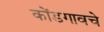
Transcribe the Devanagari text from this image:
कोंडगावचे